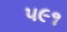
૫૯૧